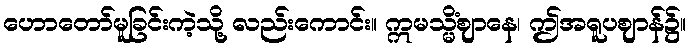
ဟောတော်မူခြင်းကဲ့သို့ လည်းကောင်း။ ဣမသ္မိံဈာနေ၊ ဤအရူပဈာန်၌။